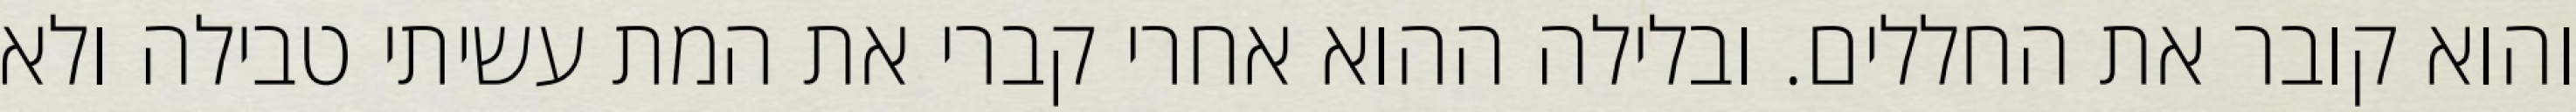
והוא קובר את החללים. ובלילה ההוא אחרי קברי את המת עשיתי טבילה ולא